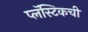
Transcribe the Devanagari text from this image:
प्लॅस्टिकची